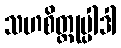
သဟစိတ္တုပ္ပါဒါ